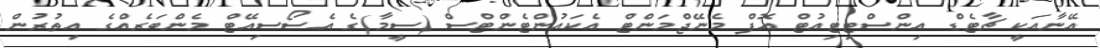
އޭނާއަކީ ޗާޓެޑް އިންސްޓިޓިއުޓް އޮފް މެނޭޖްމަންޓް އެކައުންޓެންޓްސް (ސީމާ)ގެ އެސޯސިއޭޓް މެންބަރެއްގެ އިތުރުން